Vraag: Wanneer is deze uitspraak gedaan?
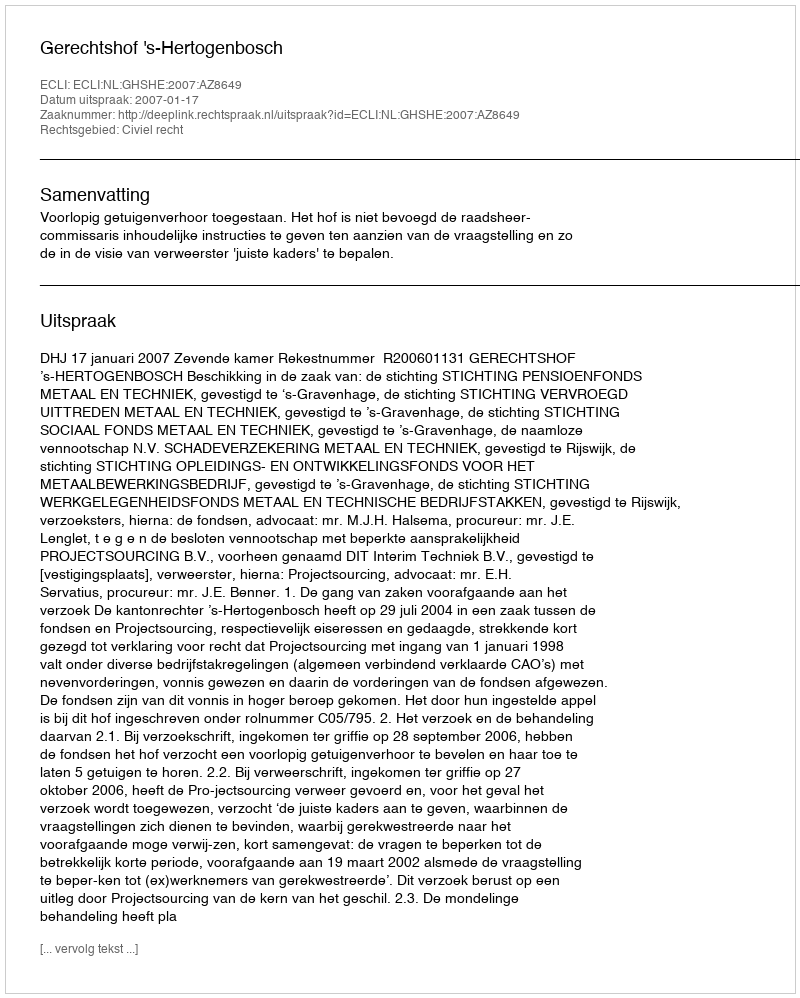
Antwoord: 2007-01-17